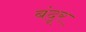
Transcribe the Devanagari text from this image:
बंदूर